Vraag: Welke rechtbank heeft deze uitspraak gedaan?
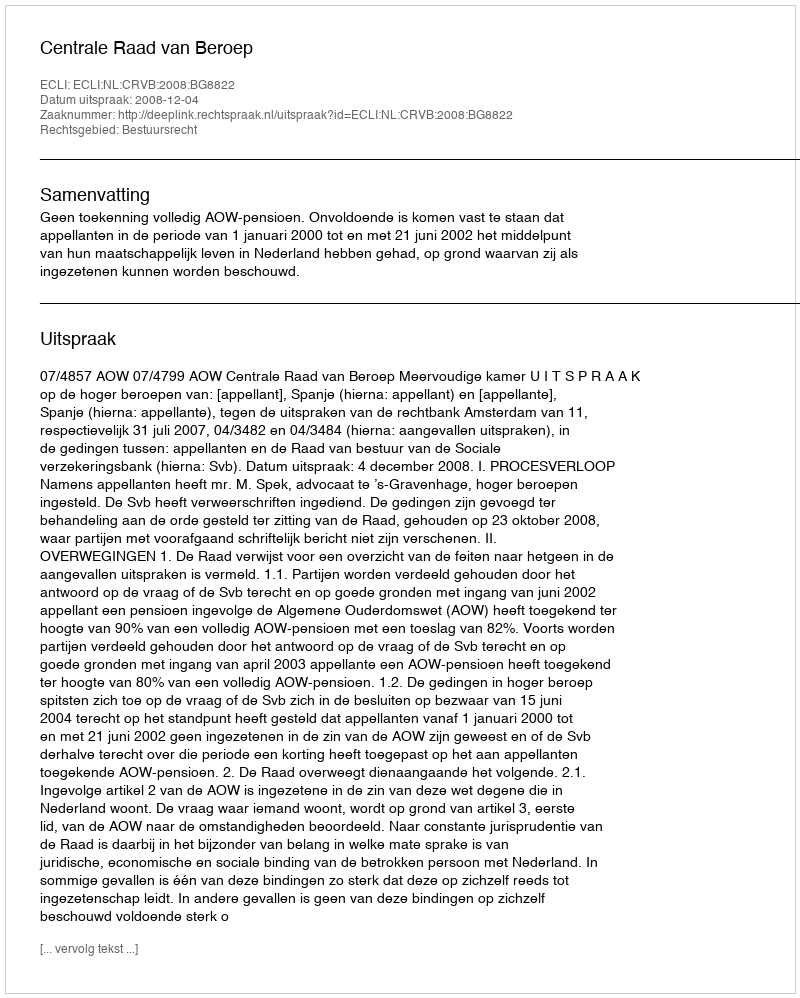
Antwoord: Centrale Raad van Beroep